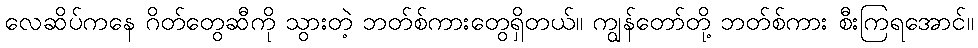
လေဆိပ်ကနေ ဂိတ်တွေဆီကို သွားတဲ့ ဘတ်စ်ကားတွေရှိတယ်။ ကျွန်တော်တို့ ဘတ်စ်ကား စီးကြရအောင်။